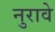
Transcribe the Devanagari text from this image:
नुरावे